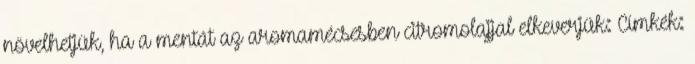
növelhetjük, ha a mentát az aromamécsesben citromolajjal elkeverjük: Címkék: